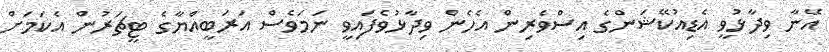
އޭނާ ވިދާޅުވީ އެޑިއުކޭޝަންގެ އިސްވެރިން އެހެން ވިދާޅުވެފައިވީ ނަމަވެސް އަރަބީއްޔާގެ ޓީޗަރުން އެކަމަށް